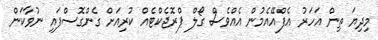
މިދިޔަ ތިން އަހަރު އެފްއޭއެމުން އެއްވެސް ގޯލް ޕްރޮޖެކްޓެއް ކުރިއަށް ގެންގޮސްފައި ނުވާކަން